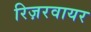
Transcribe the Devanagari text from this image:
रिज़रवायर